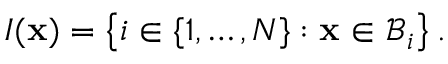
I ( \mathbf { x } ) = \left\{ i \in \{ 1 , \dots , N \} : \mathbf { x } \in \mathcal { B } _ { i } \right\} .